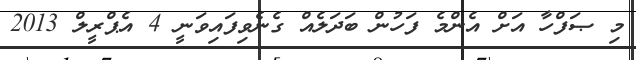
މި ޞަފްހާ އަށް އެންމެ ފަހުން ބަދަލެއް ގެނެވިފައިވަނީ 4 އެޕްރީލް 2013